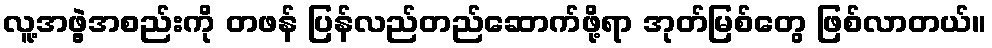
လူ့အဖွဲ့အစည်းကို တဖန် ပြန်လည်တည်ဆောက်ဖို့ရာ အုတ်မြစ်တွေ ဖြစ်လာတယ်။